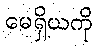
မေရှိယကို